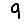
Digit: 9